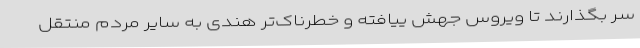
سر بگذارند تا ویروس جهش ییافته و خطرناک‌تر هندی به سایر مردم منتقل